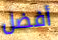
أفضل